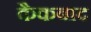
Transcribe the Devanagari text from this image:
कैकबाद